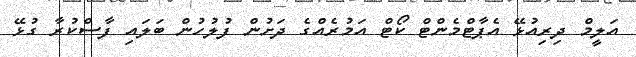
އަލީމް ދިރިއުޅޭ އެޕާޓްމެންޓް ކޯޓް އަމުރެއްގެ ދަށުން ފުލުހުން ބަލައި ފާސްކުރާ ގުޅޭ